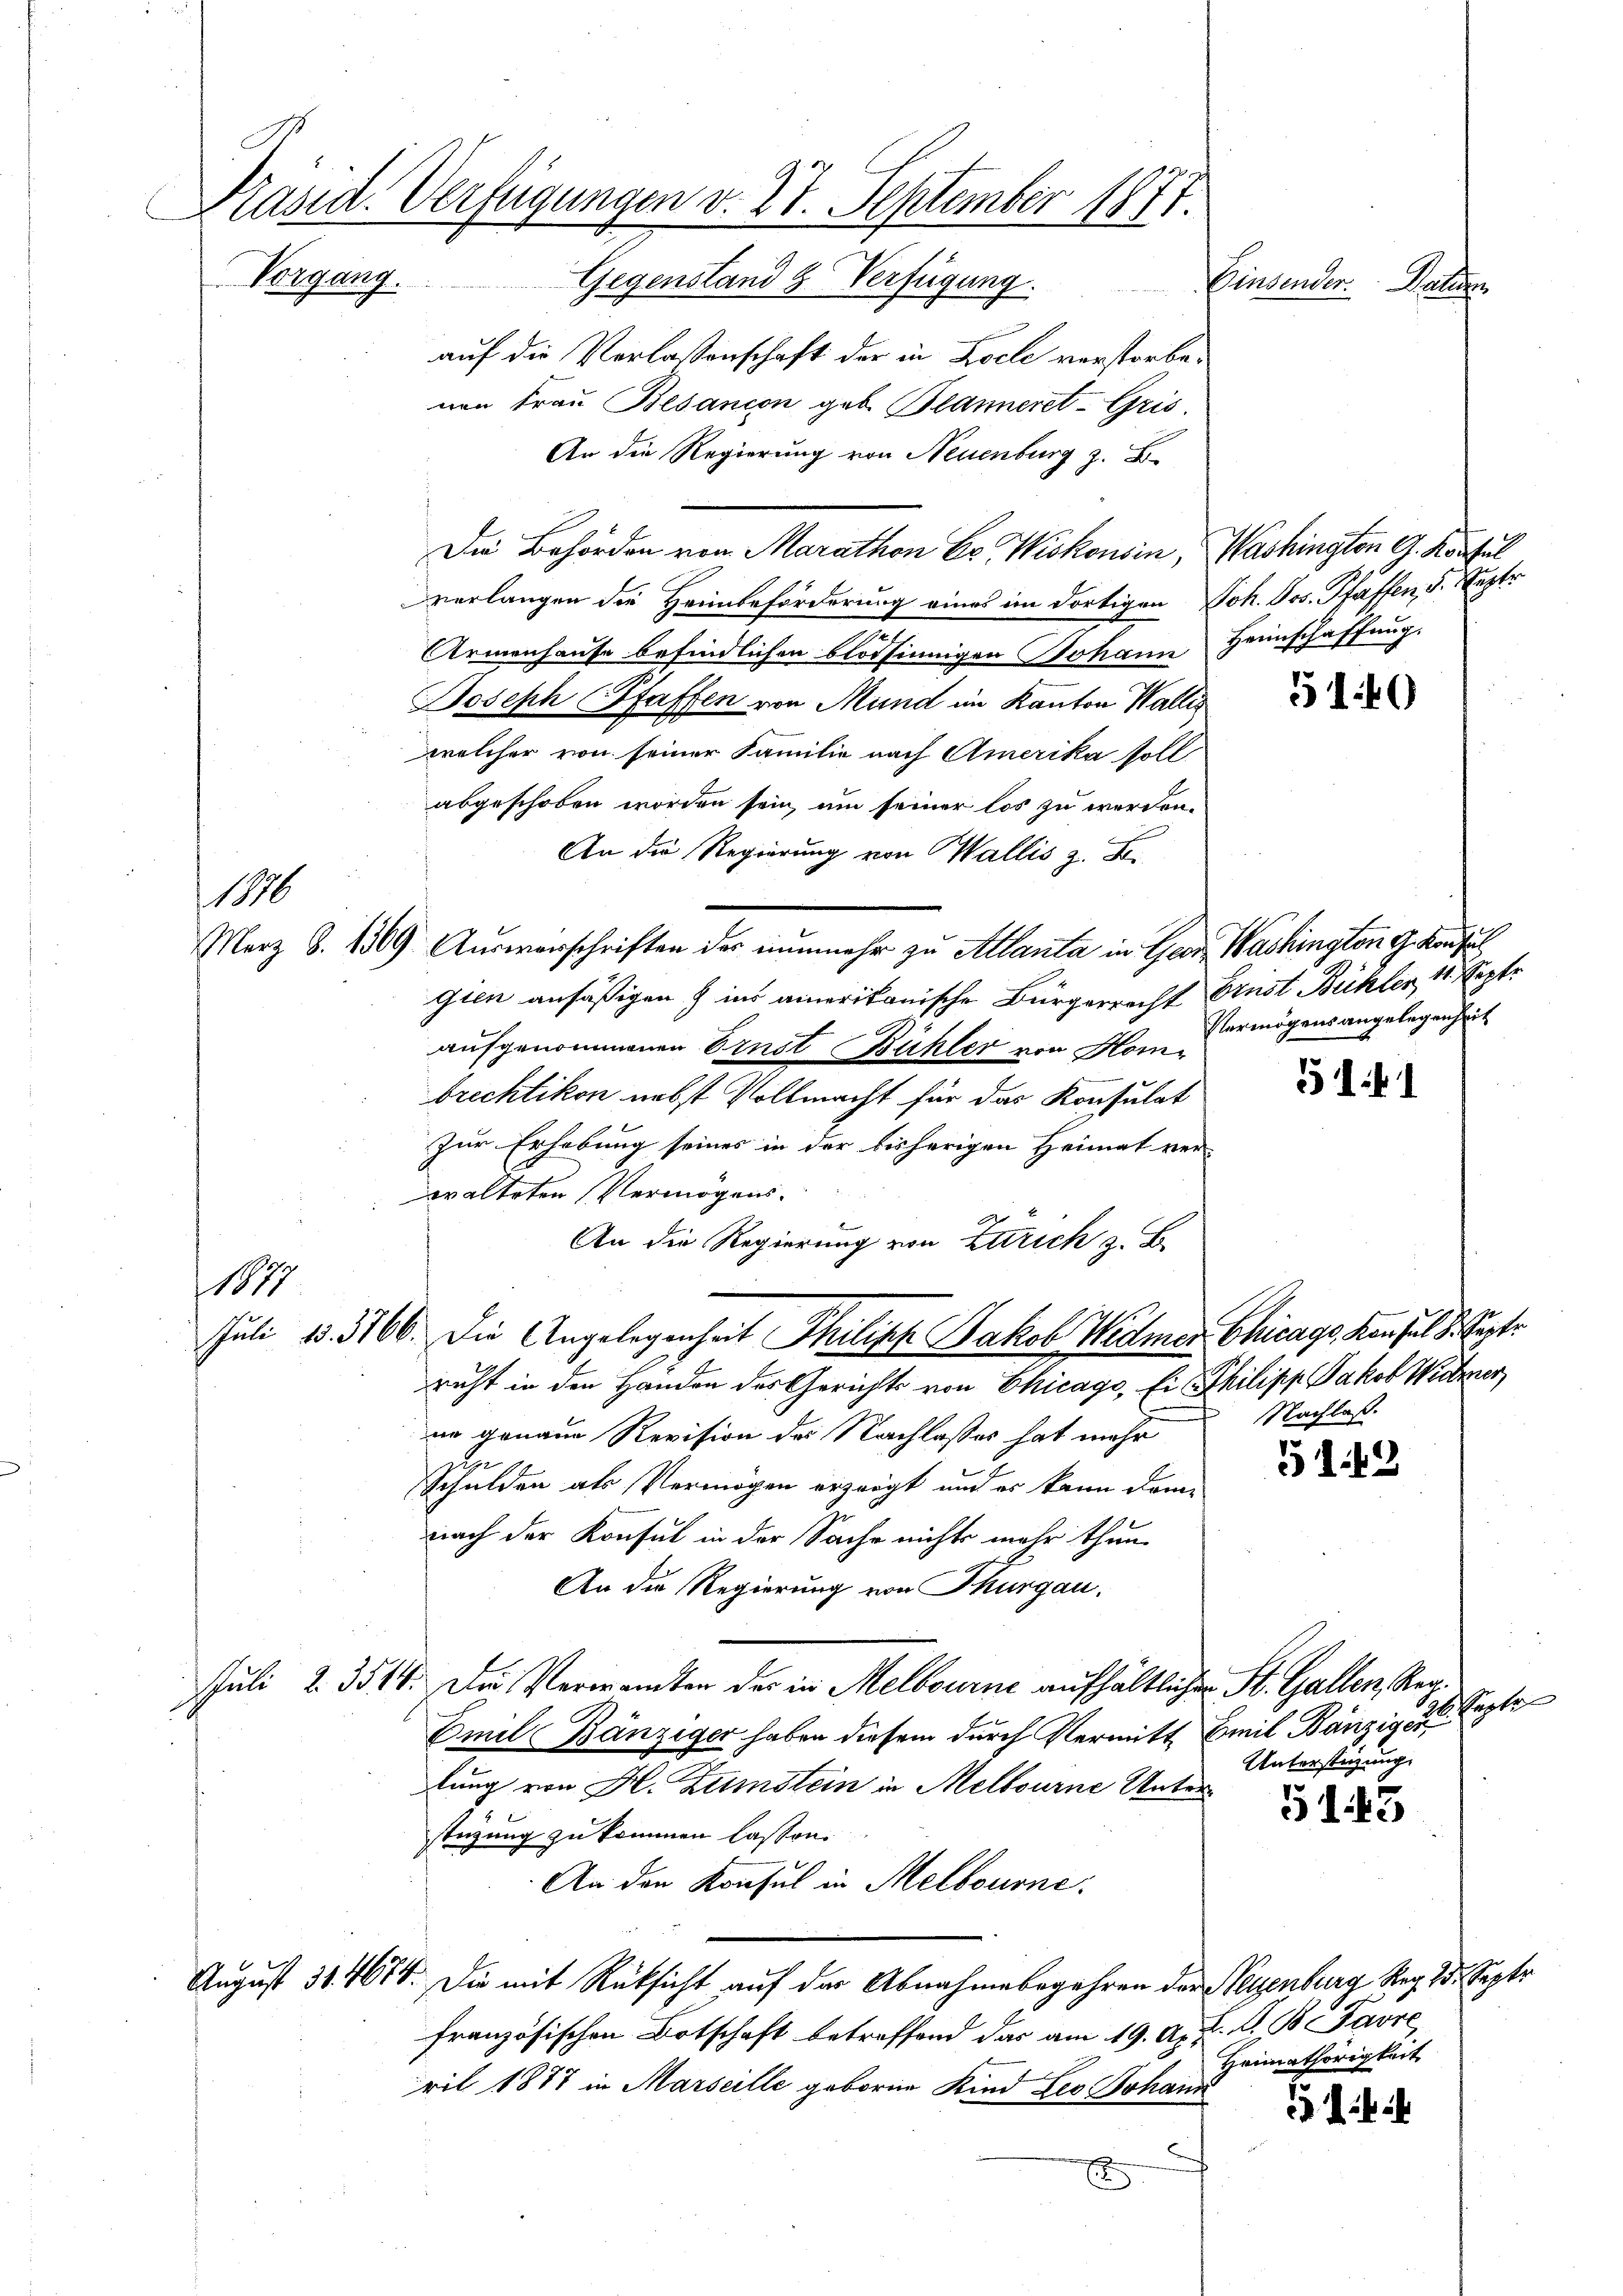
Präsid. Verfügungen v. 27. September 1877.
Vorgang.
Gegenstand 3. Verfügung.
Einsender. Datt

auf die Verlassenschaft der in Ziele verstorbenen Frau Besancon geb. Blanneret-Gris.
An die Regierung von Neuenburg z. B.
Die Behörden von Marathen Er Wiskonsin, Washington G. Konsul
Verlangen die Heimbeförderung eines im dortigen Joh. Jos. Pfaffen, d. Leztr
.
Armenhause befindlichen blödsinnigen Johann Heimschaffung.
Joseph Pfaffen von Mund im Kanton Wallis
welcher von seiner Familie nach Amerika soll
abgeschoben worden sein, um seiner los zu werden.
An die Regierung von Wallis z. B.
Merz S. 1369. Auswarschriften der nunmehr zu Allanta in Ger. Washington G. Konsul
gien ansäßigen & ins amerikanische Bürgerrecht Ernst Bühler, 11 Septe
aufgenommenen Ernst Bühler von Hombrechtikon nebst Vollmacht für das Konsulat
Zur Erhebung seines in der bisherigen Heimat ver-
walteten Vermögens.
An die Regierung von Zürich z. B.
1877
Juli d. 3166. Die Angelegenheit Philipp Jakob Widmer Chicage konsul 8. Sept
richt in den Händen des Gerichts von Chicago, Ei Philipp Jakob Weitzer
Nachlaß.
in genaue Revision des Nachlasses hat mehr
e
51 12
schulden als Vermögen erzeigt und es kann dom-
nach der Konsul in der Sache nichts mehr thun.
An die Regierung von Thurgau.
Juli 2. 3514. Die Verwandten des in Melbourne aufhältlichen St. Gallen, Reg¬
Emil Bänziger haben diesem durch Vermitt Emil Bänzige
Unterstüzung
lung von H. Zumstein in Melbourne Unter¬
5143
stüzung zu kommen lassen.
An den Konsul in Melbourne.
August 31. 4684. Die mit Rücksicht auf der Abnahmebegehren der Neuenburg Reg. I. Septe
französischen Botschaft betreffend das am 19. A. R. V. B. Favre,
Heimathörigkeit
ril 1877 in Marseille geboren Kind Leo Johann

x

16

5140

141

47

Vermögensangelegenheit

Pepte